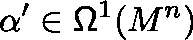
\alpha ^ { \prime } \in \mathsf { \Omega } ^ { 1 } ( M ^ { n } )